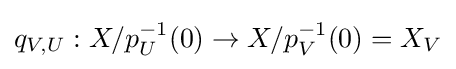
q_{V,U}:X/p_{U}^{-1}(0)\to X/p_{V}^{-1}(0)=X_{V}